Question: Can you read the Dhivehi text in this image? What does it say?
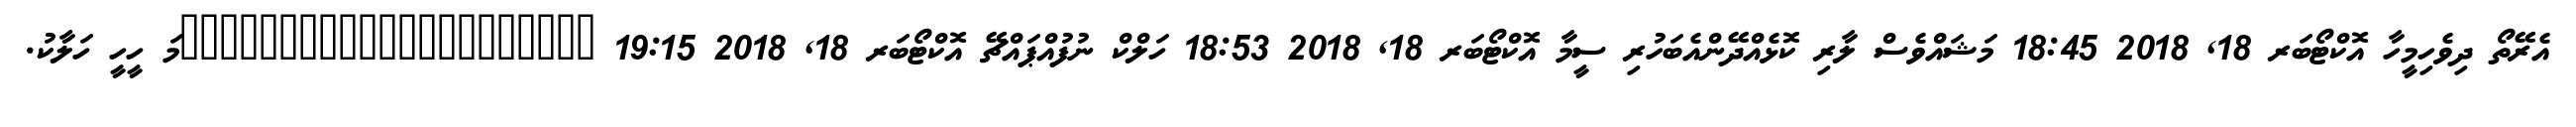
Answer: އެރޭތޯ ދިވެހިމީހާ އޮކްޓޯބަރ 18, 2018 18:45 މަޝައްވެސް ލާރި ކޮޅެއްދޭންއެބަހުރި ސީމާ އޮކްޓޯބަރ 18, 2018 18:53 ހަލްކް ނުފުއްޕައްޗޭ އޮކްޓޯބަރ 18, 2018 19:15 ?????????????????????މަ ހީހީ ހަލާކު.